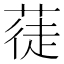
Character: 蓗